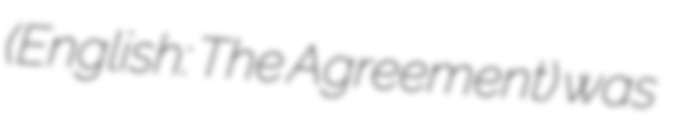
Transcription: (English: The Agreement) was